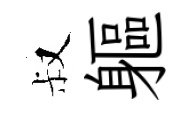
叔軀